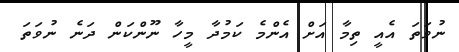
ނުވަތަ އެއީ ތިމާ އަށް އެންމެ ކަމުދާ މީހާ ނޫންކަން ދަނެ ނުވަތަ